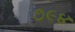
૭૯૪